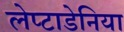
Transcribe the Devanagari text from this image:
लेप्टाडेनिया